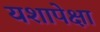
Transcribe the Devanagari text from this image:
यशापेक्षा